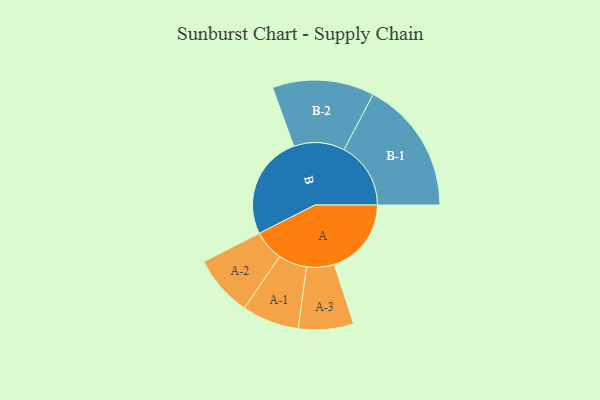
{"axis": {"x": "Segment", "y": "Value"}, "legend": ["", "A", "B"], "data": [{"x": "A", "y": 327, "type": ""}, {"x": "B", "y": 441, "type": ""}, {"x": "A-1", "y": 121, "type": "A"}, {"x": "A-2", "y": 130, "type": "A"}, {"x": "A-3", "y": 117, "type": "A"}, {"x": "B-1", "y": 283, "type": "B"}, {"x": "B-2", "y": 216, "type": "B"}]}